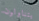
يتناولون